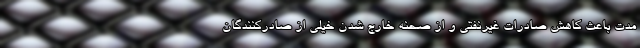
مدت باعث کاهش صادرات غیرنفتی و از صحنه خارج شدن خیلی از صادرکنندگان